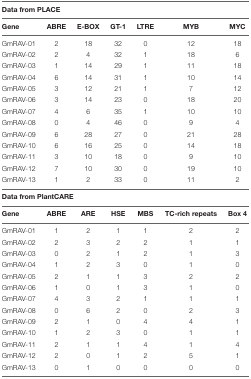
<table><thead><tr><td colspan="7"><b>Data from PLACE</b></td></tr></thead><tbody><tr><td><b>Gene</b></td><td><b>ABRE</b></td><td><b>E-BOX</b></td><td><b>GT-1</b></td><td><b>LTRE</b></td><td><b>MYB</b></td><td><b>MYC</b></td></tr><tr><td>GmRAV-01</td><td>2</td><td>18</td><td>32</td><td>0</td><td>12</td><td>18</td></tr><tr><td>GmRAV-02</td><td>2</td><td>4</td><td>32</td><td>1</td><td>18</td><td>6</td></tr><tr><td>GmRAV-03</td><td>1</td><td>14</td><td>29</td><td>1</td><td>11</td><td>18</td></tr><tr><td>GmRAV-04</td><td>6</td><td>14</td><td>31</td><td>1</td><td>10</td><td>14</td></tr><tr><td>GmRAV-05</td><td>3</td><td>12</td><td>21</td><td>1</td><td>7</td><td>12</td></tr><tr><td>GmRAV-06</td><td>3</td><td>14</td><td>23</td><td>0</td><td>18</td><td>20</td></tr><tr><td>GmRAV-07</td><td>4</td><td>6</td><td>35</td><td>1</td><td>10</td><td>10</td></tr><tr><td>GmRAV-08</td><td>0</td><td>4</td><td>46</td><td>0</td><td>9</td><td>4</td></tr><tr><td>GmRAV-09</td><td>6</td><td>28</td><td>27</td><td>0</td><td>21</td><td>28</td></tr><tr><td>GmRAV-10</td><td>6</td><td>16</td><td>25</td><td>0</td><td>14</td><td>18</td></tr><tr><td>GmRAV-11</td><td>3</td><td>10</td><td>18</td><td>0</td><td>9</td><td>10</td></tr><tr><td>GmRAV-12</td><td>7</td><td>10</td><td>30</td><td>0</td><td>19</td><td>10</td></tr><tr><td>GmRAV-13</td><td>1</td><td>2</td><td>33</td><td>0</td><td>11</td><td>2</td></tr><tr><td colspan="7"><b>Data from PlantCARE</b></td></tr><tr><td><b>Gene</b></td><td><b>ABRE</b></td><td><b>ARE</b></td><td><b>HSE</b></td><td><b>MBS</b></td><td><b>TC-rich repeats</b></td><td><b>Box 4</b></td></tr><tr><td>GmRAV-01</td><td>1</td><td>2</td><td>1</td><td>1</td><td>2</td><td>2</td></tr><tr><td>GmRAV-02</td><td>2</td><td>3</td><td>2</td><td>2</td><td>1</td><td>1</td></tr><tr><td>GmRAV-03</td><td>0</td><td>2</td><td>1</td><td>2</td><td>1</td><td>3</td></tr><tr><td>GmRAV-04</td><td>1</td><td>2</td><td>3</td><td>0</td><td>1</td><td>0</td></tr><tr><td>GmRAV-05</td><td>2</td><td>1</td><td>1</td><td>3</td><td>2</td><td>2</td></tr><tr><td>GmRAV-06</td><td>1</td><td>0</td><td>1</td><td>3</td><td>1</td><td>0</td></tr><tr><td>GmRAV-07</td><td>4</td><td>3</td><td>2</td><td>1</td><td>1</td><td>1</td></tr><tr><td>GmRAV-08</td><td>0</td><td>6</td><td>2</td><td>0</td><td>2</td><td>3</td></tr><tr><td>GmRAV-09</td><td>2</td><td>1</td><td>0</td><td>4</td><td>4</td><td>1</td></tr><tr><td>GmRAV-10</td><td>1</td><td>2</td><td>3</td><td>0</td><td>1</td><td>1</td></tr><tr><td>GmRAV-11</td><td>2</td><td>1</td><td>1</td><td>4</td><td>1</td><td>4</td></tr><tr><td>GmRAV-12</td><td>2</td><td>0</td><td>1</td><td>2</td><td>5</td><td>1</td></tr><tr><td>GmRAV-13</td><td>0</td><td>1</td><td>0</td><td>0</td><td>0</td><td>0</td></tr></tbody></table>